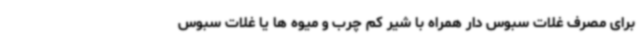
برای مصرف غلات سبوس دار همراه با شیر کم چرب و میوه ها یا غلات سبوس